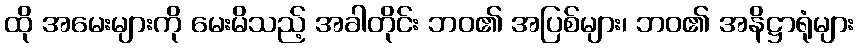
ထို အမေးများကို မေးမိသည့် အခါတိုင်း ဘဝ၏ အပြစ်များ၊ ဘဝ၏ အနိဋ္ဌာရုံများ